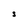
Character: s